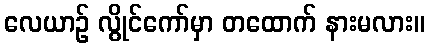
လေယာဉ် လွိုင်ကော်မှာ တထောက် နားမလား။